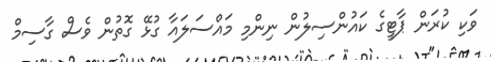
ވަކި ކުރަން ޕާޓީގެ ކައުންސިލުން ނިންމި މައްސަލައާ ގުޅޭ ގޮތުން ވެސް ގާސިމް